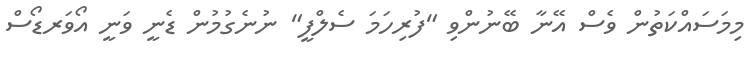
މިމަސައްކަތުން ވެސް އޭނާ ބޭނުންވި "ފުރިހަމަ ސެލްފީ" ނުނެގުމުން ޑެނީ ވަނީ އޯވަރޑޯސް